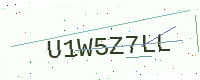
Text: U1W5Z7LL